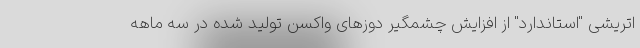
اتریشی "استاندارد" از افزایش چشمگیر دوزهای واکسن تولید شده در سه ماهه